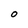
Character: 0